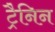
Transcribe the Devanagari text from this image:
ट्रैनिन